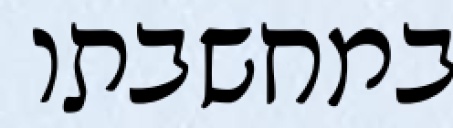
במחשבתו